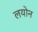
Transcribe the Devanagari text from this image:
लयोन